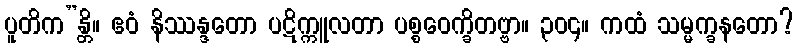
ပူတိက”န္တိ။ ဧဝံ နိဿန္ဒတော ပဋိက္ကူလတာ ပစ္စဝေက္ခိတဗ္ဗာ။ ၃၀၄။ ကထံ သမ္မက္ခနတော?